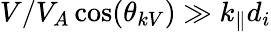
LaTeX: V/V_{A}\cos(\theta_{kV})\gg k_{\parallel}d_{i}